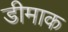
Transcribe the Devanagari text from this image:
डीमाक